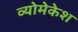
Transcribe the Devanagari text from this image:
व्योमेकेश